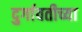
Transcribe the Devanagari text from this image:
दुर्गावतीच्या